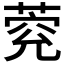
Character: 𦳾